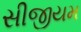
સીજીયમ